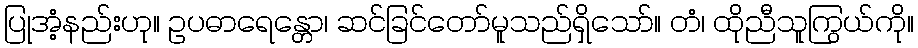
ပြုအံ့နည်းဟု။ ဥပဓာရေန္တော၊ ဆင်ခြင်တော်မူသည်ရှိသော်။ တံ၊ ထိုညီသူကြွယ်ကို။